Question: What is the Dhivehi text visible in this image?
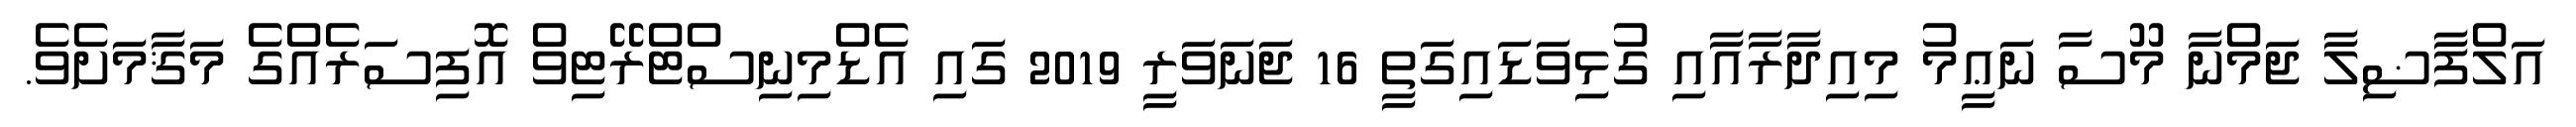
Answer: އަލްފާޟިލާ ޖަމްނާ މޫސާ ނަޢީމު މިއިދާރާއާއި ގުޅިވަޑައިގަތީ 16 ޖަނަވަރީ 2019 ގައި އެޑްމިނިސްޓްރޭޓިވް އޮފިސަރެއްގެ މަޤާމަށެވެ.